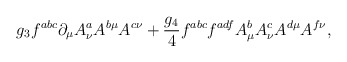
\begin{align*}g_3 f^{abc}\partial_{\mu} A^a_{\nu} A^{b\mu}A^{c\nu} + {g_4 \over 4} f^{abc}f^{adf}A^b_{\mu}A^c_{\nu}A^{d\mu}A^{f\nu},\end{align*}